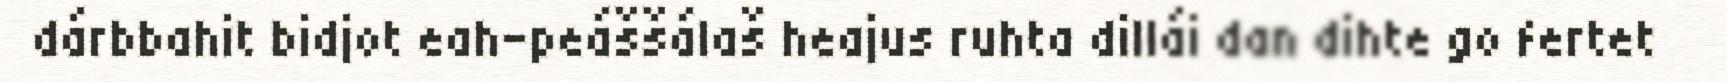
dárbbahit bidjot eah-peáššálaš heajus ruhta dillái dan dihte go fertet